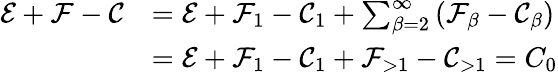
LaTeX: \begin{array}{rl}{\mathcal{E}+\mathcal{F}-\mathcal{C}}&{=\mathcal{E}+\mathcal{F}_{1}-\mathcal{C}_{1}+\sum_{\beta=2}^{\infty}\left(\mathcal{F}_{\beta}-\mathcal{C}_{\beta}\right)}\\ &{=\mathcal{E}+\mathcal{F}_{1}-\mathcal{C}_{1}+\mathcal{F}_{>1}-\mathcal{C}_{>1}=C_{0}}\end{array}